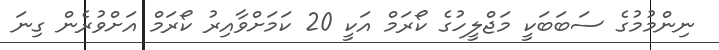
ނިންމުމުގެ ސަބަބަކީ މަޖްލީހުގެ ކޯރަމް އަކީ 20 ކަމަށްވާއިރު ކޯރަމް އަށްވުރެން ގިނަ